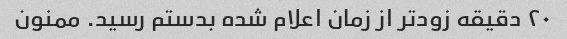
۲۰ دقیقه زودتر از زمان اعلام شده بدستم رسید. ممنون